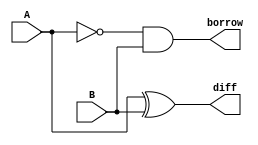
`timescale 1ns / 1ps
//////////////////////////////////////////////////////////////////////////////////
// Company: 
// Engineer: 
// 
// Design Name: 
// Module Name:    halfsubtractorD 
// Project Name: 
// Target Devices: 
// Tool versions: 
// Description: 
//
// Dependencies: 
//
// Revision: 
// Revision 0.01 - File Created
// Additional Comments: 
//
//////////////////////////////////////////////////////////////////////////////////
module halfsubtractorD(diff,borrow,A,B
    );
input A,B;
output diff,borrow;
assign diff=A^B;
assign borrow=(~A)&B;

endmodule